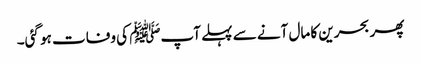
پھر بحرین کا مال آنے سے پہلے آپﷺ کی وفات ہو گئی۔